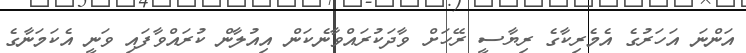
އަންނަ އަހަރުގެ އެމެރިކާގެ ރިޔާސީ ރޭހަށް ވާދަކުރައްވާނެކަން އިއުލާން ކުރައްވާފައި ވަނީ އެކަމަނާގެ